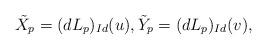
LaTeX: \begin{align*}&\tilde{X}_{p}=(dL_{p})_{Id}(u),\tilde{Y}_{p}=(dL_{p})_{Id}(v),\end{align*}